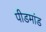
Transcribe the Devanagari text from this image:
पीडमांड